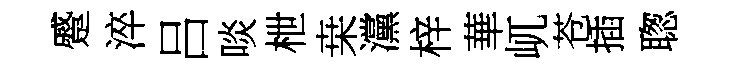
蹙淬吕啖枻桒灙梓華屼苍插聦